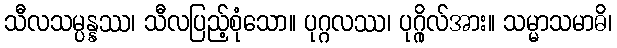
သီလသမ္ပန္နဿ၊ သီလပြည့်စုံသော။ ပုဂ္ဂလဿ၊ ပုဂ္ဂိုလ်အား။ သမ္မာသမာဓိ၊